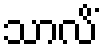
သာလိံ